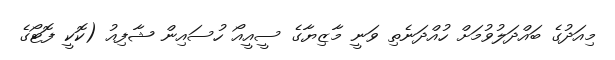
މިއަދުގެ ބައްދަލުވުމަށް ހުއްދަނެތި ވަނީ މާޒިޔާގެ ސީއީއޯ ހުސައިން ޝާފިއު (ކޮކީ ފޮޓޯގެ